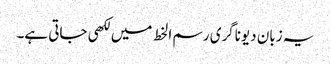
یہ زبان دیوناگری رسم الخط میں لکھی جاتی ہے۔